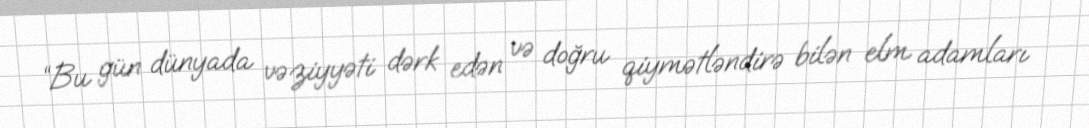
“Bu gün dünyada vəziyyəti dərk edən və doğru qiymətləndirə bilən elm adamları